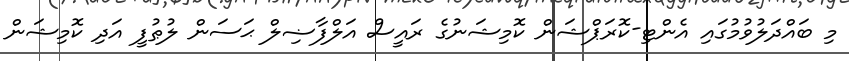
މި ބައްދަލުވުމުގައި އެންޓި-ކޮރަޕްޝަން ކޮމިޝަނުގެ ރައީސް އަލްފާޟިލް ޙަސަން ލުޠުފީ އަދި ކޮމިޝަން